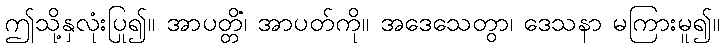
ဤသို့နှလုံးပြု၍။ အာပတ္တိံ၊ အာပတ်ကို။ အဒေသေတွာ၊ ဒေသနာ မကြားမူ၍။